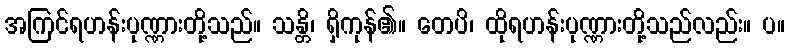
အကြင်ရဟန်းပုဏ္ဏားတို့သည်။ သန္တိ၊ ရှိကုန်၏။ တေပိ၊ ထိုရဟန်းပုဏ္ဏားတို့သည်လည်း။ ပ။